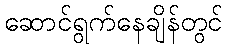
ဆောင်ရွက်နေချိန်တွင်